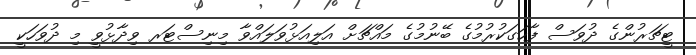
ޓީޗަރުންގެ ދުވަސް ފާހަގަކުރުމުގެ ބޭނުމުގެ މައްޗަށް އަލިއަޅުވަލައްވާ މިނިސްޓަރ ވިދާޅުވީ މި ދުވަހަކީ